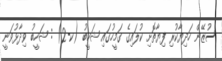
ސުޒޭން ހަދިޔާކުރި ފިޔާތޮށި ކުލައިގެ ގަމީހުގައި ޝަހީބު (ކ-2) : ޝަހީބު ވިދާޅުވަނީ